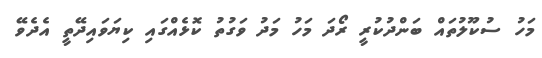
މަހު ސުކޫލުތައް ބަންދުކުރީ ރޯދަ މަހު މަދު ވަގުތު ކޮޅެއްގައި ކިޔަވައިދޭތީ އެދެވޭ